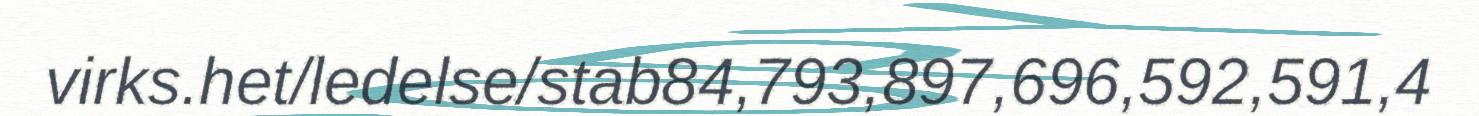
virks.het/ledelse/stab84,793,897,696,592,591,4